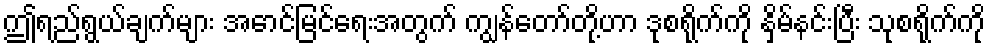
ဤရည်ရွယ်ချက်များ အောင်မြင်ရေးအတွက် ကျွန်တော်တို့ဟာ ဒုစရိုက်ကို နှိမ်နင်းပြီး သုစရိုက်ကို